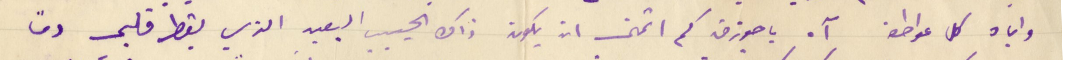
واياه كل عواطف آه يا جوزف كم اتمنى ان يكون ذاك الحبيب البعيد الذي يقطر قلبي دمًا